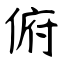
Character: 俯